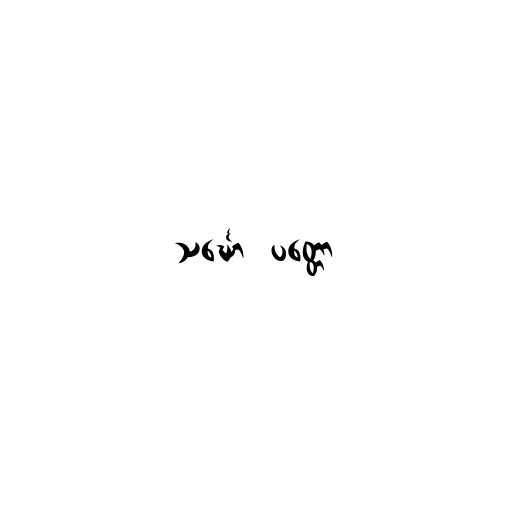
သင်္ဃော  ပတ္တော